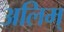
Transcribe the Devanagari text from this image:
अलिम्